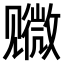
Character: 𫌭